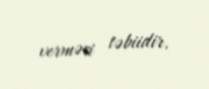
verməsi təbiidir.